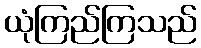
ယုံကြည်ကြသည်